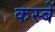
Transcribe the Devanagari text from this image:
कस्‍बें